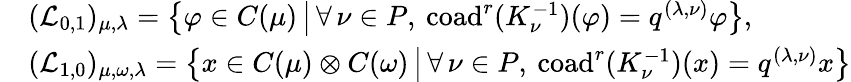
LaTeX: \begin{array}{rl}&{(\mathcal{L}_{0,1})_{\mu,\lambda}=\bigl\{ \varphi\in C(\mu)\, \big|\, \forall\, \nu\in P,\: \mathrm{coad}^{r}(K_{\nu}^{-1})(\varphi)=q^{(\lambda,\nu)}\varphi\bigr\} ,}\\ &{(\mathcal{L}_{1,0})_{\mu,\omega,\lambda}=\bigl\{ x\in C(\mu)\otimes C(\omega)\, \big|\, \forall\, \nu\in P,\: \mathrm{coad}^{r}(K_{\nu}^{-1})(x)=q^{(\lambda,\nu)}x\bigr\} }\end{array}